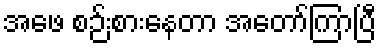
အဖေ စဉ်းစားနေတာ အတော်ကြာပြီ